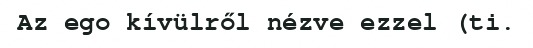
Az ego kívülről nézve ezzel (ti.